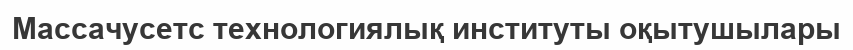
Массачусетс технологиялық институты оқытушылары